Indian journal of veterinary science and animal husbandry - Volume 3,
Year: 1933
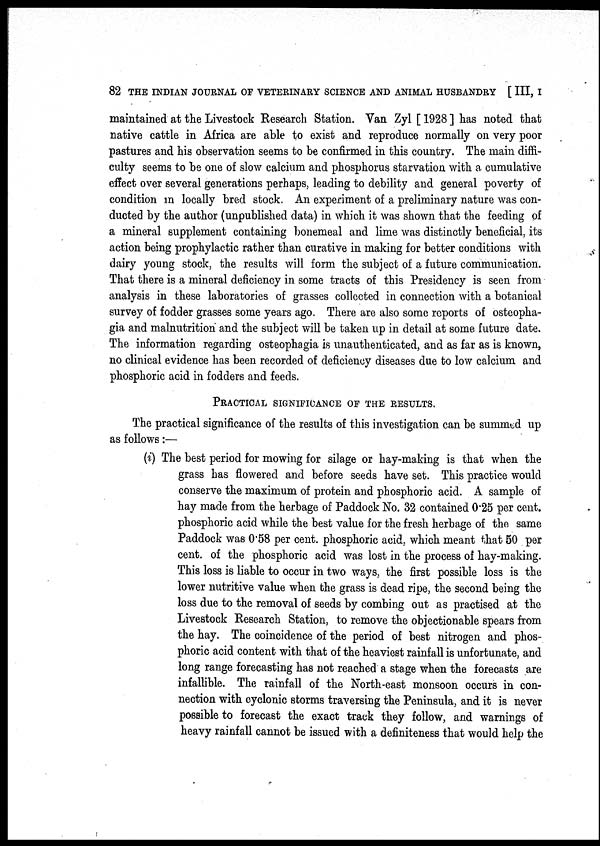
82 THE INDIAN JOURNAL OF VETERINARY SCIENCE AND ANIMAL HUSBANDRY [ III, I
maintained at the Livestock Research Station. Van Zyl [ 1928 ] has noted that
native cattle in Africa are able to exist and reproduce normally on very poor
pastures and his observation seems to be confirmed in this country. The main diffi-
culty seems to be one of slow calcium and phosphorus starvation with a cumulative
effect over several generations perhaps, leading to debility and general poverty of
condition in locally bred stock. An experiment of a preliminary nature was con-
ducted by the author (unpublished data) in which it was shown that the feeding of
a mineral supplement containing bonemeal and lime was distinctly beneficial, its
action being prophylactic rather than curative in making for better conditions with
dairy young stock, the results will form the subject of a future communication.
That there is a mineral deficiency in some tracts of this Presidency is seen from
analysis in these laboratories of grasses collected in connection with a botanical
survey of fodder grasses some years ago. There are also some reports of osteopha-
gia and malnutrition and the subject will be taken up in detail at some future date.
The information regarding osteophagia is unauthenticated, and as far as is known,
no clinical evidence has been recorded of deficiency diseases due to low calcium and
phosphoric acid in fodders and feeds.
PRACTICAL SIGNIFICANCE OF THE RESULTS.
The practical significance of the results of this investigation can be summed up
as follows:—
(i) The best period for mowing for silage or hay-making is that when the
grass has flowered and before seeds have set. This practice would
conserve the maximum of protein and phosphoric acid. A sample of
hay made from the herbage of Paddock No. 32 contained 0.25 per cent.
phosphoric acid while the best value for the fresh herbage of the same
Paddock was 0.58 per cent. phosphoric acid, which meant that 50 per
cent. of the phosphoric acid was lost in the process of hay-making.
This loss is liable to occur in two ways, the first possible loss is the
lower nutritive value when the grass is dead ripe, the second being the
loss due to the removal of seeds by combing out as practised at the
Livestock Research Station, to remove the objectionable spears from
the hay. The coincidence of the period of best nitrogen and phos-
phoric acid content with that of the heaviest rainfall is unfortunate, and
long range forecasting has not reached a stage when the forecasts are
infallible. The rainfall of the North-east monsoon occurs in con-
nection with cyclonic storms traversing the Peninsula, and it is never
possible to forecast the exact track they follow, and warnings of
heavy rainfall cannot be issued with a definiteness that would help the